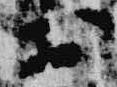
於